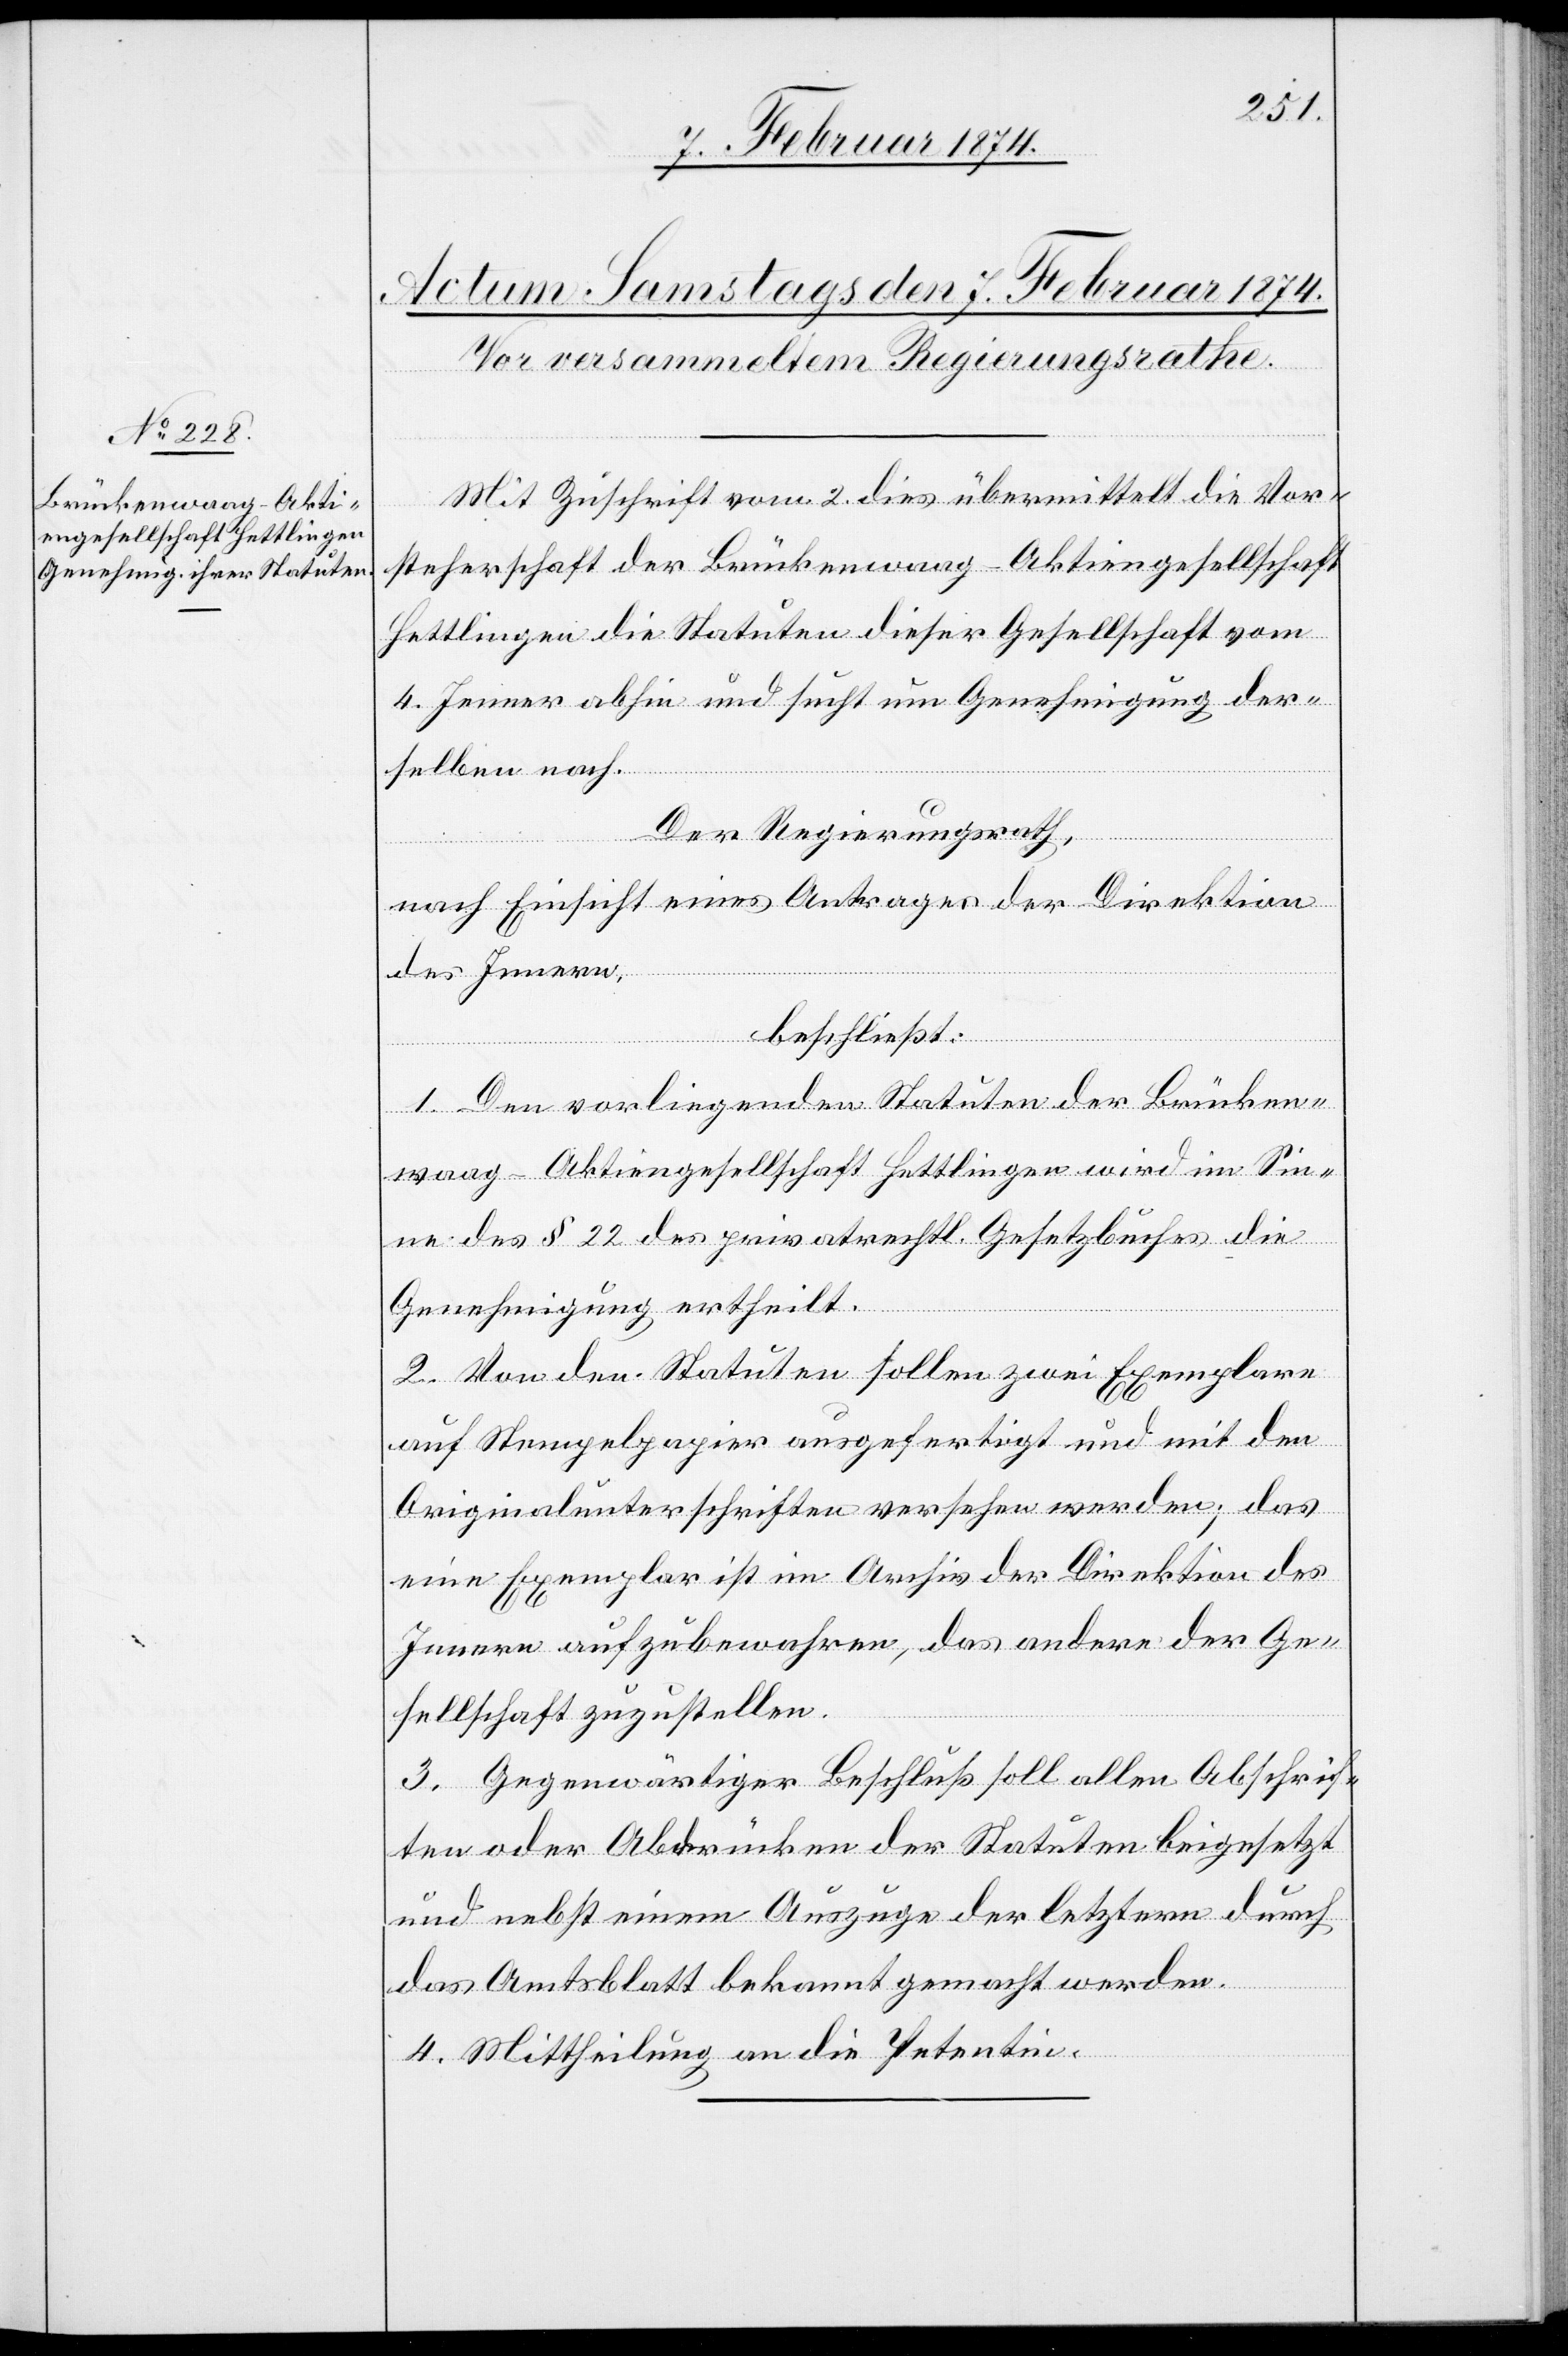
Mit Zuschrift vom 2. dies übermittelt die Vor¬
steherschaft der Brückenwaag-Aktiengesellschaft
Hettlingen die Statuten dieser Gesellschaft vom
4. Jenner abhin und sucht um Genehmigung der¬
selben nach.
Der Regierungsrath,
nach Einsicht eines Antrages der Direktion
des Innern,
beschließt:
1. Den vorliegenden Statuten der Brücken¬
waag-Aktiengesellschaft Hettlingen wird im Sinne
des § 22 des privatrechtl. Gesetzbuches die
Genehmigung ertheilt.
2. Von den Statuten sollen zwei Exemplare
auf Stempelpapier ausgefertigt und mit den
Originalunterschriften versehen werden; das
eine Exemplar ist im Archiv der Direktion des
Innern aufzubewahren, das andere der Ge¬
sellschaft zuzustellen.
3. Gegenwärtiger Beschluß soll allen Abschrif¬
ten oder Abdrucken der Statuten beigesetzt
und nebst einem Auszuge der letztern durch
das Amtsblatt bekannt gemacht werden.
4. Mittheilung an die Petentin.